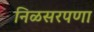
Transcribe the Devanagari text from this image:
निळसरपणा